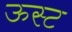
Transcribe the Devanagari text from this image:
ऊस्ट